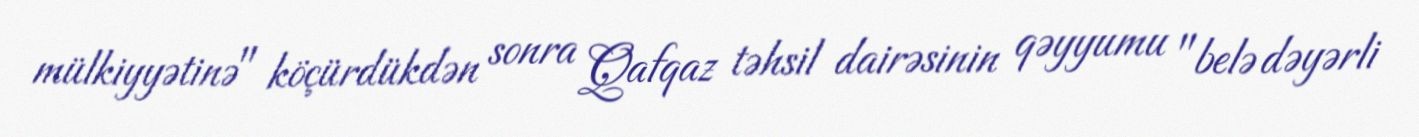
mülkiyyətinə" köçürdükdən sonra Qafqaz təhsil dairəsinin qəyyumu "belə dəyərli